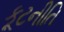
કૂટનીતિ